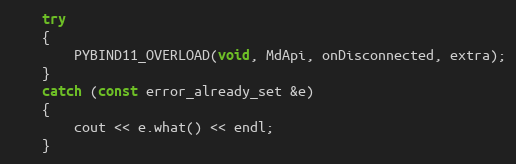
Language: C++
	try
	{
		PYBIND11_OVERLOAD(void, MdApi, onDisconnected, extra);
	}
	catch (const error_already_set &e)
	{
		cout << e.what() << endl;
	}